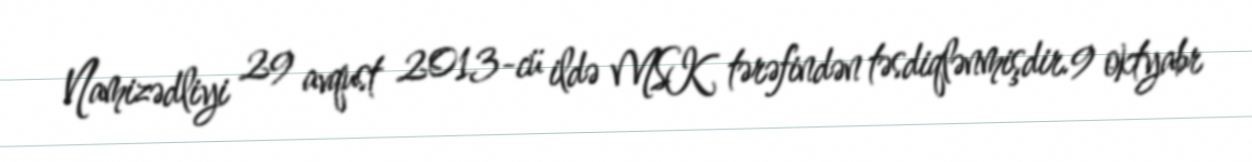
Namizədliyi 29 avqust 2013-cü ildə MSK tərəfindən təsdiqlənmişdir.9 oktyabr